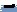
Text: TL072-